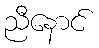
ညီနောင်